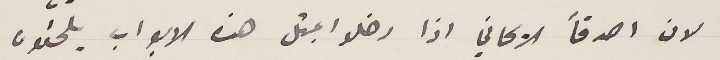
لان اصدقأ الريحاني  اذا دخلوا بمثل هذه الابواب يلحقون